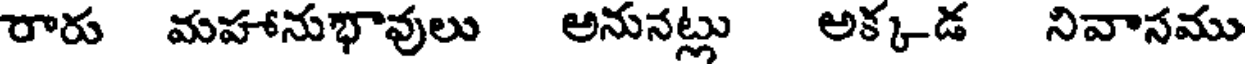
రారు మహానుభావులు అనునట్లు అక్కడ నివాసము